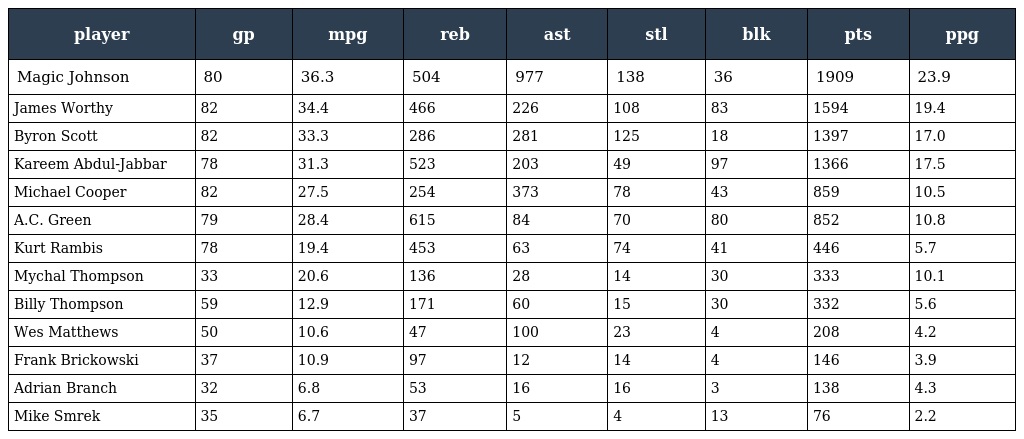
| player | gp | mpg | reb | ast | stl | blk | pts | ppg |
 | --- | --- | --- | --- | --- | --- | --- | --- | --- |
 | Magic Johnson | 80 | 36.3 | 504 | 977 | 138 | 36 | 1909 | 23.9 |
 | James Worthy | 82 | 34.4 | 466 | 226 | 108 | 83 | 1594 | 19.4 |
 | Byron Scott | 82 | 33.3 | 286 | 281 | 125 | 18 | 1397 | 17.0 |
 | Kareem Abdul-Jabbar | 78 | 31.3 | 523 | 203 | 49 | 97 | 1366 | 17.5 |
 | Michael Cooper | 82 | 27.5 | 254 | 373 | 78 | 43 | 859 | 10.5 |
 | A.C. Green | 79 | 28.4 | 615 | 84 | 70 | 80 | 852 | 10.8 |
 | Kurt Rambis | 78 | 19.4 | 453 | 63 | 74 | 41 | 446 | 5.7 |
 | Mychal Thompson | 33 | 20.6 | 136 | 28 | 14 | 30 | 333 | 10.1 |
 | Billy Thompson | 59 | 12.9 | 171 | 60 | 15 | 30 | 332 | 5.6 |
 | Wes Matthews | 50 | 10.6 | 47 | 100 | 23 | 4 | 208 | 4.2 |
 | Frank Brickowski | 37 | 10.9 | 97 | 12 | 14 | 4 | 146 | 3.9 |
 | Adrian Branch | 32 | 6.8 | 53 | 16 | 16 | 3 | 138 | 4.3 |
 | Mike Smrek | 35 | 6.7 | 37 | 5 | 4 | 13 | 76 | 2.2 |